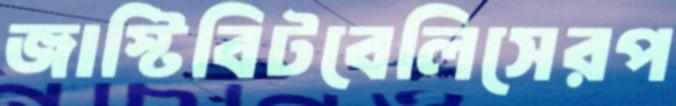
জাস্টিবিটবেলিসেরপ